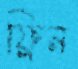
ফ্লিন